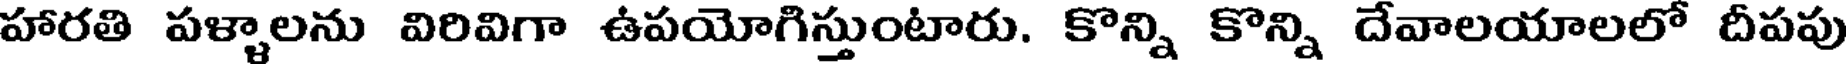
హారతి పళ్ళాలను విరివిగా ఉపయోగిస్తుంటారు. కొన్ని కొన్ని దేవాలయాలలో దీపపు